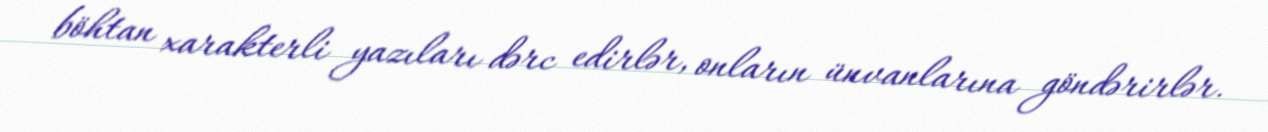
böhtan xarakterli yazıları dərc edirlər, onların ünvanlarına göndərirlər.